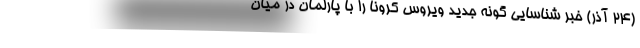
(۲۴ آذر) خبر شناسایی گونه جدید ویروس کرونا را با پارلمان در میان